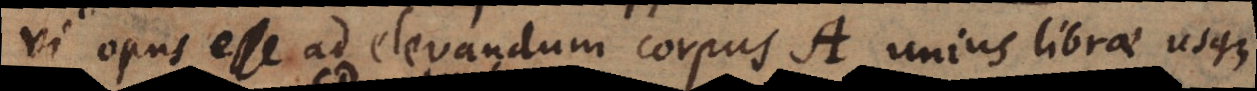
vi opus esse ad elevandum corpus A unius librae usque